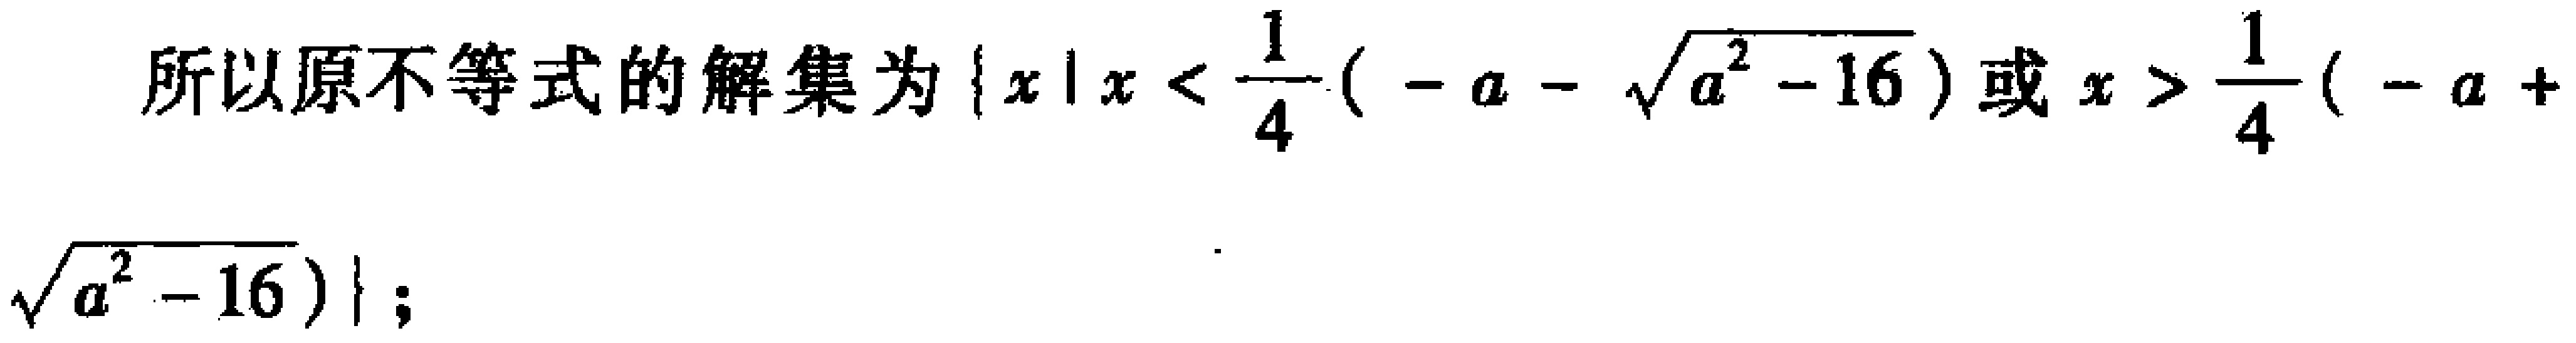
所以原不等式的解集为\(\{x|x < \frac{1}{4}(-a - \sqrt{a^{2} - 16})或x > \frac{1}{4}(-a + \sqrt{a^{2} - 16})\}\);